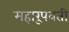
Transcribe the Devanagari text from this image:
महारूपवती